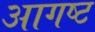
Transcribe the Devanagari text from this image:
आगष्ट